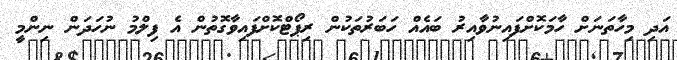
އަދި މިހާތަނަށް ހާމަކޮށްފައިނުވާއިރު ބައެއް ހަބަރުތަކުން ރިޕޯޓްކޮށްފައިވާގޮތުން އެ ފިލްމު ނުހަދަން ނިންމީ